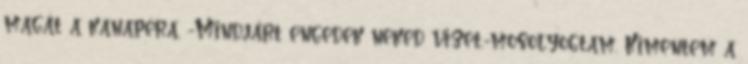
magát a kanapéra. -Mindjárt engedek neked vizet.-mosolyogtam. Kimentem a